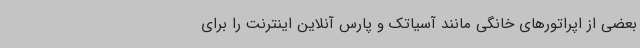
بعضی از اپراتورهای خانگی مانند آسیاتک و پارس آنلاین اینترنت را برای